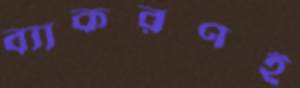
ব্যাকরণই